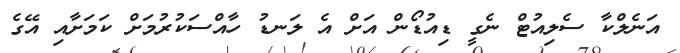
އަނެލްކާ ސެލިއުޓް ނެގީ ޑިއުޑޯން އަށް އެ ލަނޑު ހާއްސަކުރުމަށް ކަމަށާއި އޭގެ